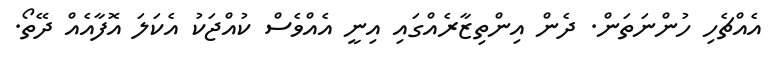
އެއްޗެހި ހުންނަތަން. ދެން އިންތިޒާރެއްގައި އިނީ އެއްވެސް ކުއްޖަކު އެކަލަ އޮފާއެއް ދޭތޯ.